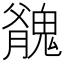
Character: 𩳬